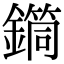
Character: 𨬎